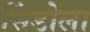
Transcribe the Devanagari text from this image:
सिंडोला